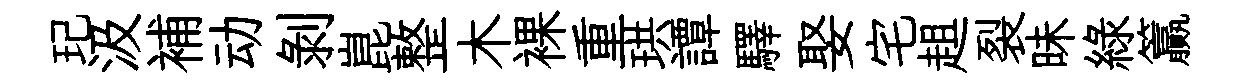
玘汲補动剝崑整木裸重珙譚驛娶宅趄裂昧緑籯